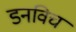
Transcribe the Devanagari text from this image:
डनविच